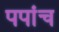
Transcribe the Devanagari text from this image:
पपांच